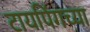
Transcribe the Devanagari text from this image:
टायपिंगच्या